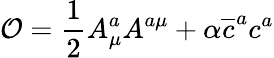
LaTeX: \mathcal{O}=\frac{1}{2}A_{\mu}^{a}A^{a\mu}+\alpha\overline{{{c}}}^{a}c^{a}